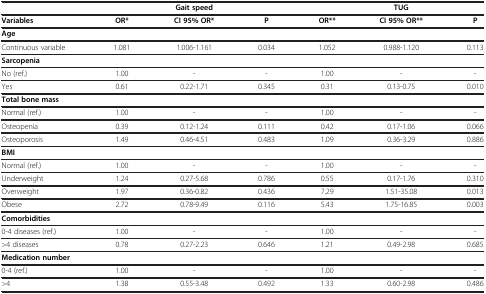
<table><thead><tr><td><b> </b></td><td colspan="3"><b>Gait speed</b></td><td colspan="3"><b>TUG</b></td></tr></thead><tbody><tr><td><b>Variables</b></td><td><b>OR*</b></td><td><b>CI 95% OR*</b></td><td><b>P</b></td><td><b>OR**</b></td><td><b>CI 95% OR**</b></td><td><b>P</b></td></tr><tr><td><b>Age</b></td><td> </td><td> </td><td> </td><td> </td><td> </td><td> </td></tr><tr><td>Continuous variable</td><td>1.081</td><td>1.006-1.161</td><td>0.034</td><td>1.052</td><td>0.988-1.120</td><td>0.113</td></tr><tr><td><b>Sarcopenia</b></td><td> </td><td> </td><td> </td><td> </td><td> </td><td> </td></tr><tr><td>No (ref.)</td><td>1.00</td><td>-</td><td>-</td><td>1.00</td><td>-</td><td>-</td></tr><tr><td>Yes</td><td>0.61</td><td>0.22-1.71</td><td>0.345</td><td>0.31</td><td>0.13-0.75</td><td>0.010</td></tr><tr><td><b>Total bone mass</b></td><td> </td><td> </td><td> </td><td> </td><td> </td><td> </td></tr><tr><td>Normal (ref.)</td><td>1.00</td><td>-</td><td>-</td><td>1.00</td><td>-</td><td>-</td></tr><tr><td>Osteopenia</td><td>0.39</td><td>0.12-1.24</td><td>0.111</td><td>0.42</td><td>0.17-1.06</td><td>0.066</td></tr><tr><td>Osteoporosis</td><td>1.49</td><td>0.46-4.51</td><td>0.483</td><td>1.09</td><td>0.36-3.29</td><td>0.886</td></tr><tr><td><b>BMI</b></td><td> </td><td> </td><td> </td><td> </td><td> </td><td> </td></tr><tr><td>Normal (ref.)</td><td>1.00</td><td>-</td><td>-</td><td>1.00</td><td>-</td><td>-</td></tr><tr><td>Underweight</td><td>1.24</td><td>0.27-5.68</td><td>0.786</td><td>0.55</td><td>0.17-1.76</td><td>0.310</td></tr><tr><td>Overweight</td><td>1.97</td><td>0.36-0.82</td><td>0.436</td><td>7.29</td><td>1.51-35.08</td><td>0.013</td></tr><tr><td>Obese</td><td>2.72</td><td>0.78-9.49</td><td>0.116</td><td>5.43</td><td>1.75-16.85</td><td>0.003</td></tr><tr><td><b>Comorbidities</b></td><td> </td><td> </td><td> </td><td> </td><td> </td><td> </td></tr><tr><td>0-4 diseases (ref.)</td><td>1.00</td><td>-</td><td>-</td><td>1.00</td><td>-</td><td>-</td></tr><tr><td>&gt;4 diseases</td><td>0.78</td><td>0.27-2.23</td><td>0.646</td><td>1.21</td><td>0.49-2.98</td><td>0.685</td></tr><tr><td><b>Medication number</b></td><td> </td><td> </td><td> </td><td> </td><td> </td><td> </td></tr><tr><td>0-4 (ref.)</td><td>1.00</td><td>-</td><td>-</td><td>1.00</td><td>-</td><td>-</td></tr><tr><td>&gt;4</td><td>1.38</td><td>0.55-3.48</td><td>0.492</td><td>1.33</td><td>0.60-2.98</td><td>0.486</td></tr></tbody></table>